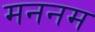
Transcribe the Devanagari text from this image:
मननम